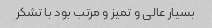
بسیار عالی و تمیز و مرتب بود با تشکر